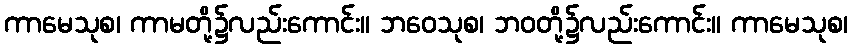
ကာမေသုစ၊ ကာမတို့၌လည်းကောင်း။ ဘဝေသုစ၊ ဘဝတို့၌လည်းကောင်း။ ကာမေသုစ၊